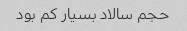
حجم سالاد بسیار کم بود